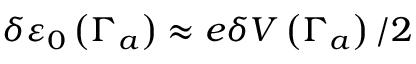
\delta \varepsilon _ { 0 } \left( \Gamma _ { a } \right) \approx e \delta V \left( \Gamma _ { a } \right) / 2